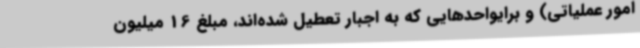
امور عملیاتی) و برایواحدهایی که به اجبار تعطیل شده‌اند، مبلغ 16 میلیون